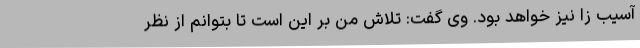
آسیب زا نیز خواهد بود. وی گفت: تلاش من بر این است تا بتوانم از نظر